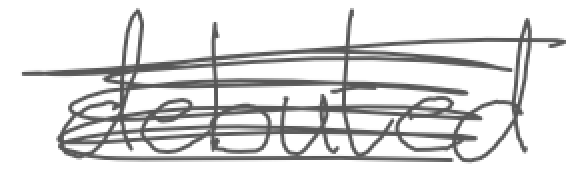
Text: debuted
Cross-out: mix
Writing tool: digital_gray